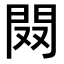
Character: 𨳦